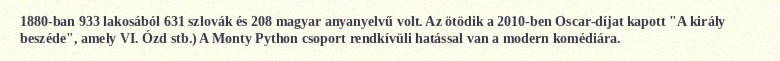
1880-ban 933 lakosából 631 szlovák és 208 magyar anyanyelvű volt. Az ötödik a 2010-ben Oscar-díjat kapott "A király beszéde", amely VI. Ózd stb.) A Monty Python csoport rendkívüli hatással van a modern komédiára.